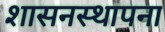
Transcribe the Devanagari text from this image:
शासनस्थापना